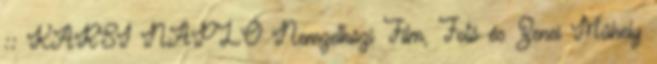
:: KARSI NAPLÓ Nemzetközi Film, Fotó és Zenei Műhely